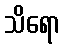
သိရော